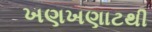
ખણખણાટથી